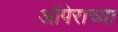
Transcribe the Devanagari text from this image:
ऑपेराच्या